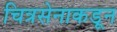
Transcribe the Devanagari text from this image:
चित्रसेनाकडून